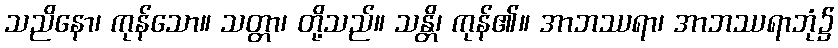
သညိနော၊ ကုန်သော။ သတ္တာ၊ တို့သည်။ သန္တိ၊ ကုန်၏။ အာဘဿရာ၊ အာဘဿရာဘုံ၌